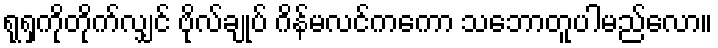
ရုရှကိုတိုက်လျှင် ဗိုလ်ချုပ် ဂိန်မလင်ကကော သဘောတူပါမည်လော။